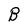
Character: B